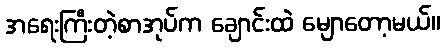
အရေးကြီးတဲ့စာအုပ်က ချောင်းထဲ မျောတော့မယ်။